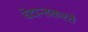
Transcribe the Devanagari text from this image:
वेदान्तकरते